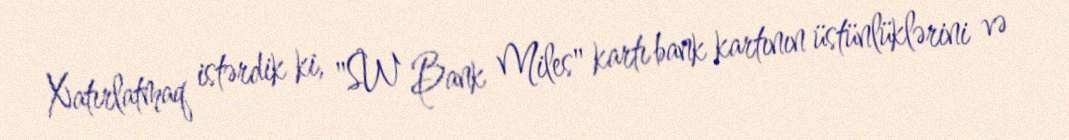
Xatırlatmaq istərdik ki, "SW Bank Miles" kartı bank kartının üstünlüklərini və